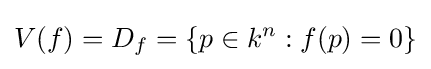
V(f)=D_{f}=\{p\in k^{n}:f(p)=0\}